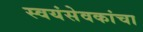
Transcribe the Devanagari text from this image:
स्वयंसेवकांचा